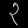
Digit: ၃